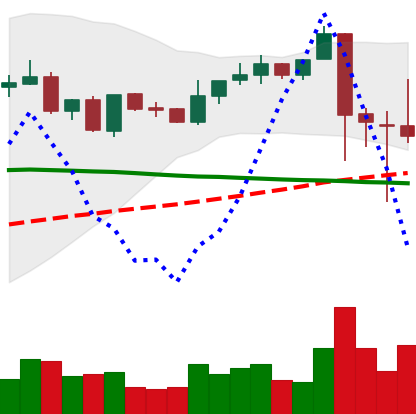
Ticker: XRP-USD
Chart end date: 2021-09-10
Forward return: 6.062%
Label: up_5_7